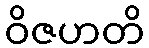
ဝိဇဟတိ